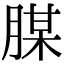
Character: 腜